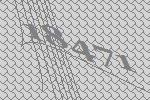
18471